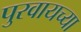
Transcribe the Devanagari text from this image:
पुरवायच्या